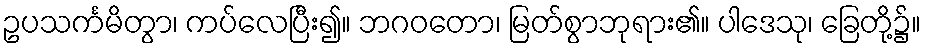
ဥပသင်္ကမိတွာ၊ ကပ်လေပြီး၍။ ဘဂဝတော၊ မြတ်စွာဘုရား၏။ ပါဒေသု၊ ခြေတို့၌။